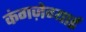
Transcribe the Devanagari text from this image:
कंगज़ेग्याई